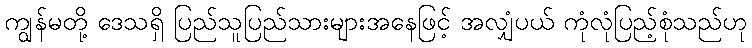
ကျွန်မတို့ ဒေသရှိ ပြည်သူပြည်သားများအနေဖြင့် အလျှံပယ် ကုံလုံပြည့်စုံသည်ဟု